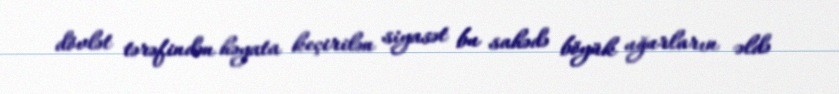
dövlət tərəfindən həyata keçirilən siyasət bu sahədə böyük uğurların əldə